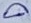
Text: D